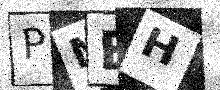
Text: PMEH